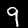
Digit: 9